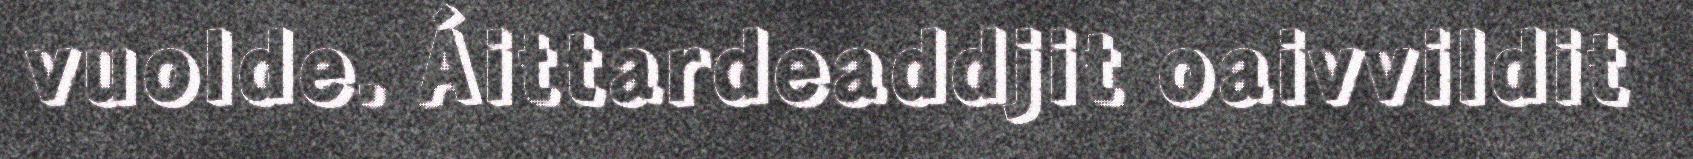
vuolde. Áittardeaddjit oaivvildit